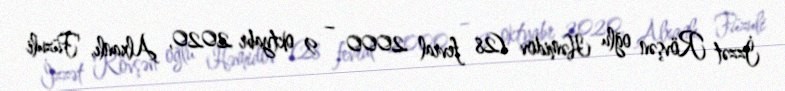
İzzət Rövşən oğlu Həmidov (28 fevral 2000 – 9 oktyabr 2020, Alxanlı, Füzuli